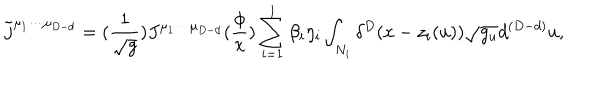
LaTeX: \tilde { j } ^ { \mu _ { 1 } \cdots \mu _ { D - d } } = ( \frac 1 { \sqrt { g } } ) J ^ { \mu _ { 1 } \cdots \mu _ { D - d } } ( \frac \phi x ) \sum _ { i = 1 } ^ { l } \beta _ { i } \eta _ { i } \int _ { N _ { i } } \delta ^ { D } ( x - z _ { i } ( u ) ) \sqrt { g _ { u } } d ^ { ( D - d ) } u ,